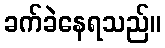
ခက်ခဲနေရသည်။